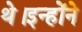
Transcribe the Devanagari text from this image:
थे।इन्होंने